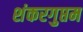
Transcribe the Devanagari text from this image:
शंकरगुप्तम